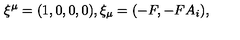
\xi ^ { \mu } = ( 1 , 0 , 0 , 0 ) , \xi _ { \mu } = ( - F , - F A _ { i } ) ,